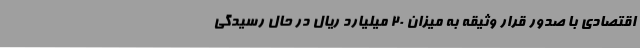
اقتصادی با صدور قرار وثیقه به میزان 20 میلیارد ریال در حال رسیدگی